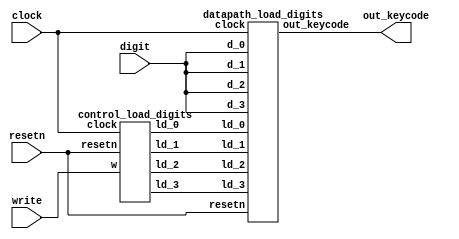
module load_module(clock, resetn, write, digit,
                   out_keycode);

input clock, resetn, write;
input [3:0] digit;
output [15:0] out_keycode;
wire ld_0, ld_1, ld_2, ld_3;

control_load_digits c_0(.clock(clock),
                        .resetn(resetn),
                        .w(write),
                        .ld_0(ld_0),
                        .ld_1(ld_1),
                        .ld_2(ld_2),
                        .ld_3(ld_3)
                        );
datapath_load_digits d_0(.clock(clock),
                         .resetn(resetn),
                         .ld_0(ld_0),
                         .ld_1(ld_1),
                         .ld_2(ld_2),
                         .ld_3(ld_3),
                         .d_0(digit),
                         .d_1(digit),
                         .d_2(digit),
                         .d_3(digit),
                         .out_keycode(out_keycode)
                         );


endmodule


module control_load_digits(clock, resetn, w, ld_0, ld_1, ld_2, ld_3);
input clock, resetn, w;
output reg ld_0, ld_1, ld_2, ld_3;
reg [2:0] current_state;
reg [2:0]  next_state;

localparam  LOAD_DIGIT_0  	= 3'd0,
						LOAD_DIGIT_1	  = 3'd1,
						LOAD_DIGIT_2    = 3'd2,
						LOAD_DIGIT_3	  = 3'd3;
// DEPENDS ON THE CURRENT_STATE. because current_state depends on the next state
// this happens every clock cycle or whenever the signal w changes.
always @(*)
begin: state_table
    case(current_state)
    //START: begin if (w) next_state = LOAD_DIGIT_0;
    //else next_state = START;
    //end
    LOAD_DIGIT_0: begin
          if (!w) next_state = LOAD_DIGIT_0;
          else next_state = LOAD_DIGIT_1;
          end
    LOAD_DIGIT_1: begin
          if (!w) next_state = LOAD_DIGIT_1;
          else next_state = LOAD_DIGIT_2;
	  end
    LOAD_DIGIT_2: begin
          if (!w) next_state = LOAD_DIGIT_2;
          else next_state = LOAD_DIGIT_3;
          end
    LOAD_DIGIT_3: begin
          if (!w) next_state = LOAD_DIGIT_3;
          else next_state = LOAD_DIGIT_0;

          end
    default: next_state = LOAD_DIGIT_0;
    endcase
end

    always @(*)
          begin: enable_signals
          // By default make all signals 0
          ld_0 = 1'b0;
          ld_1 = 1'b0;
          ld_2 = 1'b0;
          ld_3= 1'b0;
          case (current_state)
            	LOAD_DIGIT_0: begin
                if (w)   ld_0 = 1'b1;
            	end
            	LOAD_DIGIT_1: begin
            			ld_1 = 1'b1;
            	end
              LOAD_DIGIT_2: begin
                  ld_2 = 1'b1;
              end
              LOAD_DIGIT_3: begin
                  ld_3 = 1'b1;
              end
          endcase
    end

// State Register (i.e., FFs)
  always @(posedge clock)
    begin   // Start of state_FFs (state register)
        if(resetn == 1'b0)
            current_state <= LOAD_DIGIT_0;
        else
            current_state <= next_state;
        end  // End of state_FFs (state register)

endmodule

module datapath_load_digits(resetn, clock, ld_0, ld_1, ld_2, ld_3,
                            out_keycode, d_0, d_1, d_2, d_3);
input ld_0, ld_1, ld_2, ld_3;
input clock, resetn;
input [3:0] d_0, d_1, d_2, d_3;
output reg [15:0] out_keycode;

always @(posedge clock)
begin
    if (!resetn) begin
        out_keycode <= 16'd0;
    end
    else if (ld_0) begin
        out_keycode[3:0] <= d_0;
    end
    else if (ld_1) begin
        out_keycode[7:4] <= d_1;
    end
    else if (ld_2) begin
        out_keycode[11:8] <= d_2;
    end
    else if (ld_3) begin
        out_keycode[15:12] <= d_3;
    end
end


endmodule